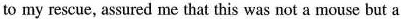
to my rescue, assured me that this was not a mouse but a